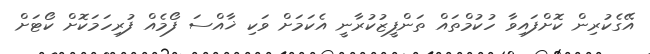
އޭގެކުރިން ކޮށްފައިވާ ހުކުމްތައް ތަންފީޒުކުރާނީ އެކަމަށް ވަކި ޚާއްސަ ފޯމެއް ފުރިހަމަކޮށް ކޯޓަށް